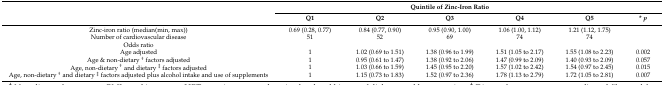
<table><thead><tr><td rowspan="2"></td><td colspan="5"><b>Quintile of Zinc-Iron Ratio</b></td><td></td></tr><tr><td><b>Q1</b></td><td><b>Q2</b></td><td><b>Q3</b></td><td><b>Q4</b></td><td><b>Q5</b></td><td><b>* <i>p</i></b></td></tr></thead><tbody><tr><td>Zinc-iron ratio (median(min, max))</td><td>0.69 (0.28, 0.77)</td><td>0.84 (0.77, 0.90)</td><td>0.95 (0.90, 1.00)</td><td>1.06 (1.00, 1.12)</td><td>1.21 (1.12, 1.75)</td><td></td></tr><tr><td>Number of cardiovascular disease</td><td>51</td><td>52</td><td>69</td><td>74</td><td>74</td><td></td></tr><tr><td>Odds ratio</td><td></td><td></td><td></td><td></td><td></td><td></td></tr><tr><td>Age adjusted</td><td>1</td><td>1.02 (0.69 to 1.51)</td><td>1.38 (0.96 to 1.99)</td><td>1.51 (1.05 to 2.17)</td><td>1.55 (1.08 to 2.23)</td><td>0.002</td></tr><tr><td>Age &amp; non-dietary <sup>†</sup> factors adjusted</td><td>1</td><td>0.95 (0.61 to 1.47)</td><td>1.38 (0.92 to 2.06)</td><td>1.47 (0.99 to 2.09)</td><td>1.40 (0.93 to 2.09)</td><td>0.057</td></tr><tr><td>Age, non-dietary <sup>†</sup> and dietary <sup>‡</sup> factors adjusted</td><td>1</td><td>1.03 (0.66 to 1.59)</td><td>1.45 (0.95 to 2.20) </td><td>1.57 (1.02 to 2.42)</td><td>1.54 (0.97 to 2.45)</td><td>0.015</td></tr><tr><td>Age, non-dietary <sup>†</sup> and dietary <sup>‡</sup> factors adjusted plus alcohol intake and use of supplements </td><td>1</td><td>1.15 (0.73 to 1.83)</td><td>1.52 (0.97 to 2.36) </td><td>1.78 (1.13 to 2.79)</td><td>1.72 (1.05 to 2.81)</td><td>0.007</td></tr></tbody></table>